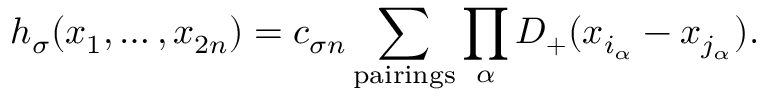
h _ { \sigma } ( x _ { 1 } , \ldots , x _ { 2 n } ) = c _ { \sigma n } \sum _ { \mathrm { p a i r i n g s } } \prod _ { \alpha } D _ { + } ( x _ { i _ { \alpha } } - x _ { j _ { \alpha } } ) .